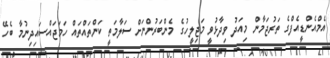
އެމްއެންޑީއެފްގެ ތަރުޖަމާން މިއަދު ވިދާޅުވީ މަޖިލީހުގެ މެންބަރުންނަށް ސަލާމަތީ ކަންތައްތައް ހަމަޖައްސައިދިނުމާ ބެހޭ